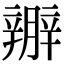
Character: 𨐱